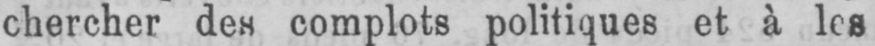
chercher des complots politiques et à les